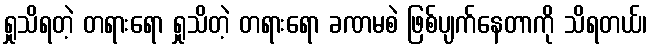
ရှုသိရတဲ့ တရားရော ရှုသိတဲ့ တရားရော ခဏမစဲ ဖြစ်ပျက်နေတာကို သိရတယ်၊